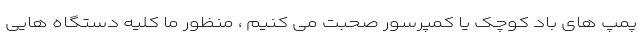
پمپ های باد کوچک یا کمپرسور صحبت می کنیم ، منظور ما کلیه دستگاه هایی